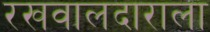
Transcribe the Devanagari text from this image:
रखवालदाराला